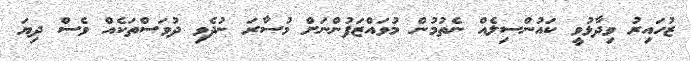
ޒުހައިރު ވިދާޅުވީ ކައުންސިލެއް ނެތުމުން މުވައްޒަފުންނަށް މުސާރަ ނުދެވި ދުވަސްތަކެއް ވެސް ދިޔަ